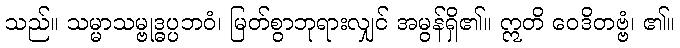
သည်။ သမ္မာသမ္ဗုဒ္ဓပ္ပဘဝံ၊ မြတ်စွာဘုရားလျှင် အမွန်ရှိ၏။ ဣတိ ဝေဒိတဗ္ဗံ၊ ၏။